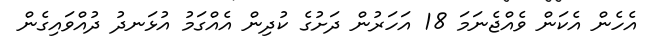
އެހެން އެކަން ވެއްޖެނަމަ 18 އަހަރުން ދަށުގެ ކުދިން އެއްގަމު އުޅަނދު ދުއްވައިގެން